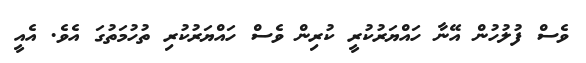
ވެސް ފުލުހުން އޭނާ ހައްޔަރުކުރީ ކުރިން ވެސް ހައްޔަރުކުރި ތުހުމަތުގަ އެވެ. އެއީ